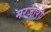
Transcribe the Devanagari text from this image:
मरजोरी